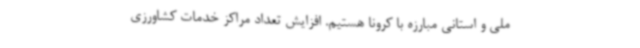
ملی و استانی مبارزه با کرونا هستیم. افزایش تعداد مراکز خدمات کشاورزی